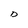
Character: D